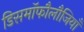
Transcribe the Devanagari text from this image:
डिसमॉफौलौजियाँ